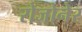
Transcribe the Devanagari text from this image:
रोजोनेर